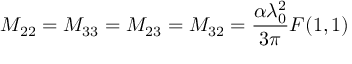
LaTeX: M _ { 2 2 } = M _ { 3 3 } = M _ { 2 3 } = M _ { 3 2 } = \frac { \alpha \lambda _ { 0 } ^ { 2 } } { 3 \pi } F ( 1 , 1 )